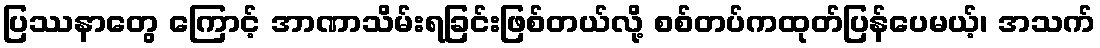
ပြဿနာတွေ ကြောင့် အာဏာသိမ်းရခြင်းဖြစ်တယ်လို့ စစ်တပ်ကထုတ်ပြန်ပေမယ့်၊ အသက်